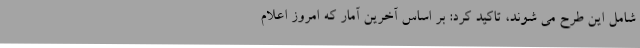
شامل این طرح می شوند، تاکید کرد: بر اساس آخرین آمار که امروز اعلام